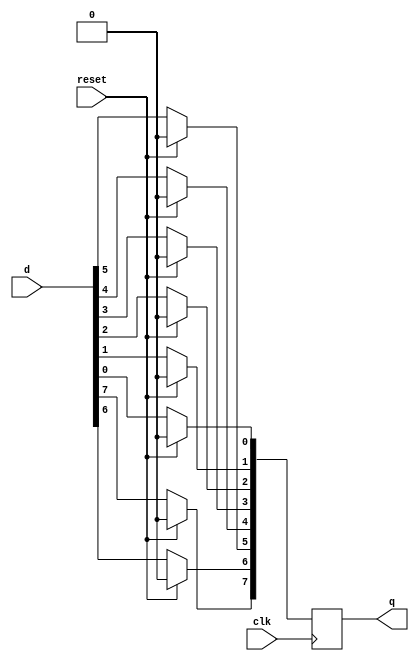
module top_module (
    input clk,
    input reset,            // Synchronous reset
    input [7:0] d,
    output [7:0] q
);

    integer i;
    
    always @(posedge clk) begin
        if (reset == 1) begin
            q[7:0] <= 8'b00000000;
        end
        else begin
            for (i = 0; i < 8; i++) begin
                q[i] <= d[i];
            end
        end
    end

endmodule